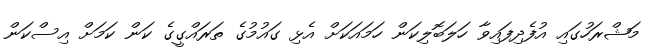
މަޝްރަހުގައި އުފެދިފައިވާ ހަލަބޮލިކަން ހަމައަކަށް އެޅި ގައުމުގެ ތަރައްގީގެ ކަން ކަމަށް އިސްކަން